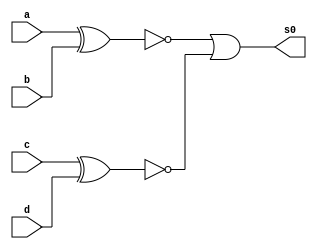
// ---------------------
// 
// Nome: Larissa Fernandes Leijoto
// ---------------------

// ---------------------
// --Provaaa
// ---------------------

  module saidas0(s0,a,b,c,d);
	input a, b,c,d;
	output s0;
	
	
	
xnor xnor1(temp1,a,b);
xnor xnor2(temp2,c,d);
or OR1(s0,temp1,temp2);
	
   endmodule

    module Teste;

	reg a,b,c,d;
	wire s0;

	saidas0 Teste (s0,a,b,c,d);

	initial begin
		 a=0; b=0; c=0; d=0;
	end

	initial begin

		#1 $display (" Larissa Fernandes Leijoto - 410476 ");
		#1 $display (" a | b | c | d | s0 ");
		$monitor   (" %b | %b | %b | %b |  %b ", a,b,c,d,s0);
		   
    #1  a=0; b=0; c=0; d=1;
    #1  a=0; b=0; c=1; d=0; 
    #1  a=0; b=0; c=1; d=1; 
    #1  a=0; b=1; c=0; d=0; 
    #1  a=0; b=1; c=0; d=1; 
    #1  a=0; b=1; c=1; d=0; 
    #1  a=0; b=1; c=1; d=1; 
    #1  a=1; b=0; c=0; d=0; 
    #1  a=1; b=0; c=0; d=1;
    #1  a=1; b=0; c=1; d=0;
    #1  a=1; b=0; c=1; d=1;
    #1  a=1; b=1; c=0; d=0;
    #1  a=1; b=1; c=0; d=1;
    #1  a=1; b=1; c=1; d=0;
    #1  a=1; b=1; c=1; d=1; 
   



	end	
     endmodule